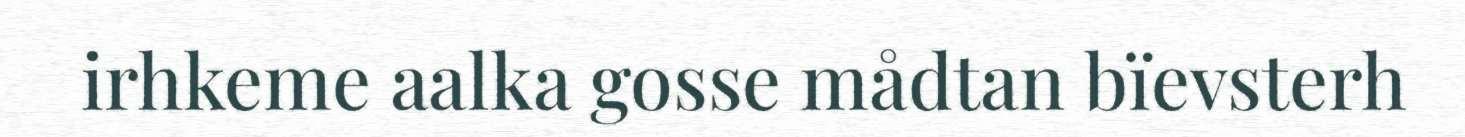
irhkeme aalka gosse mådtan bïevsterh